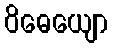
ဝိဓေယျော